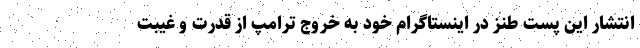
انتشار این پست طنز در اینستاگرام خود به خروج ترامپ از قدرت و غیبت